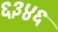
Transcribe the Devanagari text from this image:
६३४६